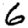
Digit: 6